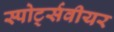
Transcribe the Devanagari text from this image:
स्पोर्ट्सवीयर